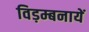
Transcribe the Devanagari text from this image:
विड़म्बनायें